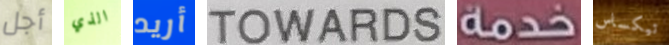
أجل الذي أريد TOWARDS خدمة تيكساس